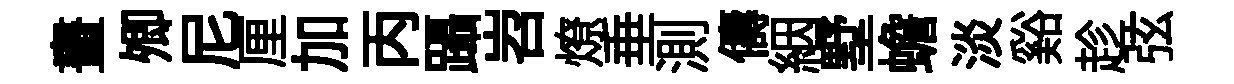
畫𡖖尼厘加丙躡岧燎垂測儔絪墅蟾淡谿趁弦